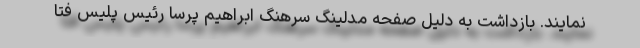
نمایند. بازداشت به دلیل صفحه مدلینگ سرهنگ ابراهیم پرسا رئیس پلیس فتا